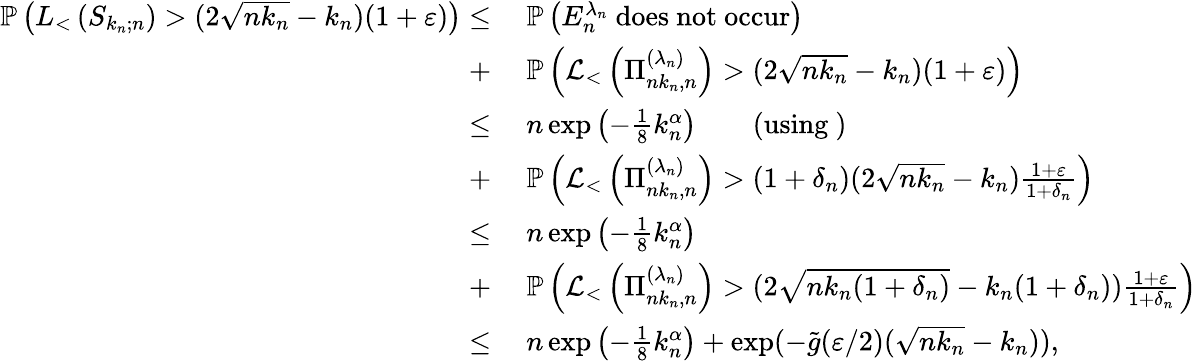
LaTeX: \begin{array}{rl}{\mathbb{P}\left(L_{<}\left(S_{k_{n};n}\right)>(2\sqrt{nk_{n}}-k_{n})(1+\varepsilon)\right)\leq}&{\ \mathbb{P}\left(E_{n}^{\lambda_{n}}\mathrm{~does~not~occur}\right)}\\ {+}&{\ \mathbb{P}\left(\mathcal{L}_{<}\left(\Pi_{nk_{n},n}^{(\lambda_{n})}\right)>(2\sqrt{nk_{n}}-k_{n})(1+\varepsilon)\right)}\\ {\leq}&{\ n\exp\left(-\frac{1}{8}k_{n}^{\alpha}\right)\qquad\mathrm{(using~)}}\\ {+}&{\ \mathbb{P}\left(\mathcal{L}_{<}\left(\Pi_{nk_{n},n}^{(\lambda_{n})}\right)>(1+\delta_{n})(2\sqrt{nk_{n}}-k_{n})\frac{1+\varepsilon}{1+\delta_{n}}\right)}\\ {\leq}&{\ n\exp\left(-\frac{1}{8}k_{n}^{\alpha}\right)}\\ {+}&{\ \mathbb{P}\left(\mathcal{L}_{<}\left(\Pi_{nk_{n},n}^{(\lambda_{n})}\right)>(2\sqrt{nk_{n}(1+\delta_{n})}-k_{n}(1+\delta_{n}))\frac{1+\varepsilon}{1+\delta_{n}}\right)}\\ {\leq}&{\ n\exp\left(-\frac{1}{8}k_{n}^{\alpha}\right)+\exp(-\tilde{g}(\varepsilon/2)(\sqrt{nk_{n}}-k_{n})),}\end{array}